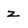
Character: z